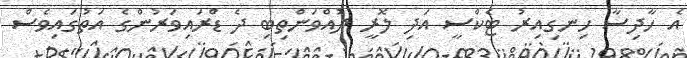
އެ ހާދިސާ ހިނގިއިރު ޓެކްސީ އަދި ލޮރީ ދުއްވަންތިބި ދެ ޑްރައިވަރުންގެ އަތުގައިވެސް